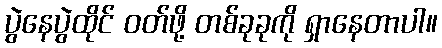
ပွဲနေပွဲထိုင် ဝတ်ဖို့ တစ်ခုခုကို ရှာနေတာပါ။